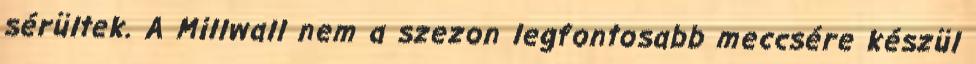
sérültek. A Millwall nem a szezon legfontosabb meccsére készül